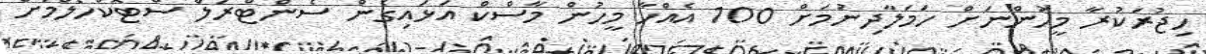
ހިޖުރަކުރާ މީހުންނަށް ހަމަލާދިނުމަށް 100 އެއްހާ މީހުން މާސްކް އަޅައިގެން ސެންޓްރަލް ސްޓޮކްހޯލްމަށް